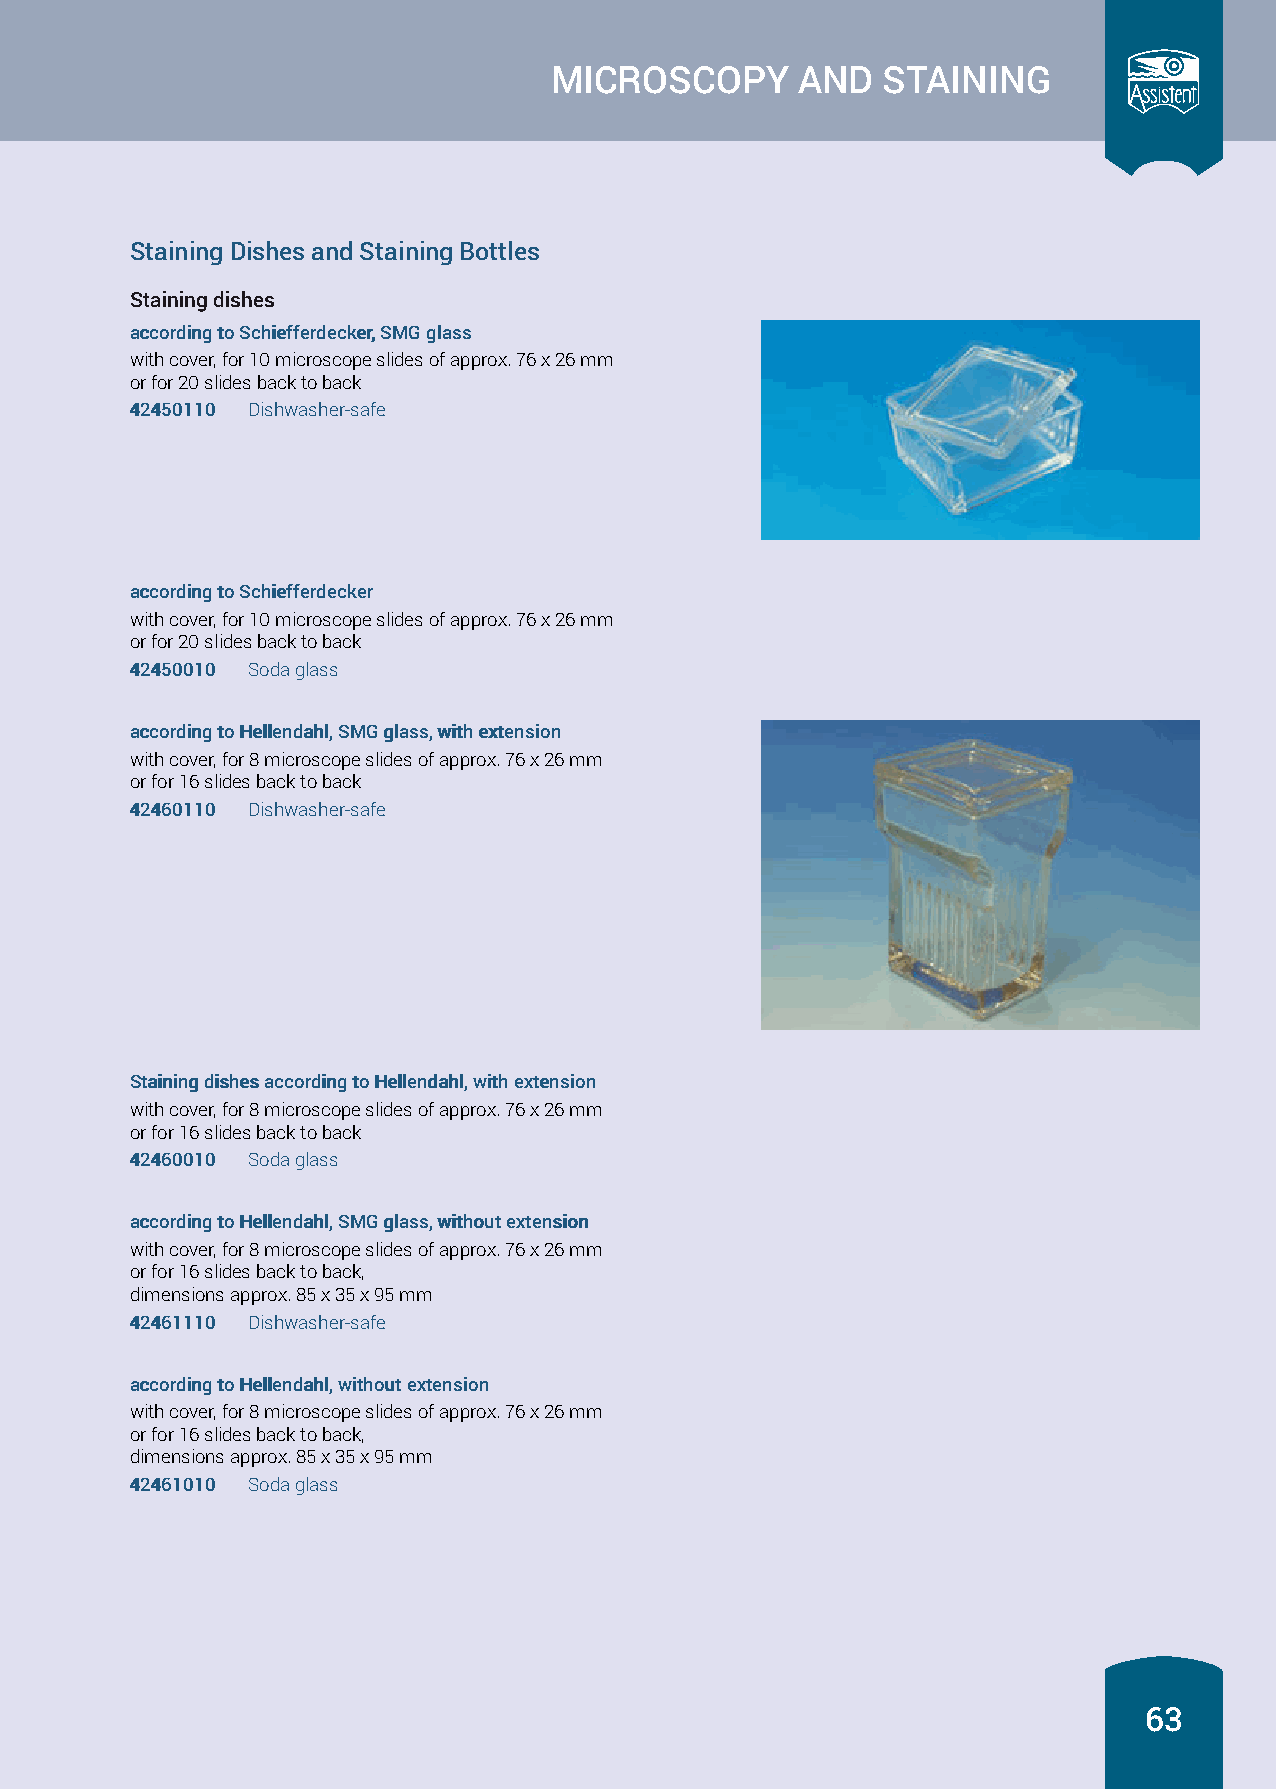
MICROSCOPY       AND  STAINING
 Staining Dishes and Staining Bottles
 Staining dishes
 aaccccoorrddiinngg ttoo SScchhiieeffffeerrddeecckkeerr,, SSMMGG ggllaassss
 with cover, for 10 microscope slides of approx. 76 x 26 mm
 or for 20 slides back to back
 4422445500111100 Dishwasher-safe
 aaccccoorrddiinngg ttoo SScchhiieeffffeerrddeecckkeerr
 with cover, for 10 microscope slides of approx. 76 x 26 mm
 or for 20 slidesback to back
 4422445500001100 Soda glass
 aaccccoorrddiinngg ttoo HHeelllleennddaahhll,, SSMMGG ggllaassss,, wwiitthh eexxtteennssiioonn
 with cover, for 8 microscope slides of approx. 76 x 26 mm
 or for 16 slides back to back
 4422446600111100 Dishwasher-safe
 SSttaaiinniinngg ddiisshheess aaccccoorrddiinngg ttoo HHeelllleennddaahhll,, wwiitthh eexxtteennssiioonn
 with cover, for 8 microscope slides of approx. 76 x 26 mm
 or for 16 slidesback to back
 4422446600001100 Soda glass
 aaccccoorrddiinngg ttoo HHeelllleennddaahhll,, SSMMGG ggllaassss,, wwiitthhoouutt eexxtteennssiioonn
 with cover, for 8 microscope slides of approx. 76 x 26 mm
 or for 16 slides back to back,
 dimensions approx. 85 x 35 x 95 mm
 4422446611111100 Dishwasher-safe
 aaccccoorrddiinngg ttoo HHeelllleennddaahhll,, wwiitthhoouutt eexxtteennssiioonn
 with cover, for 8 microscope slides of approx. 76 x 26 mm
 or for 16 slidesback to back,
 dimensions approx. 85 x 35 x 95 mm
 4422446611001100 Soda glass
 63